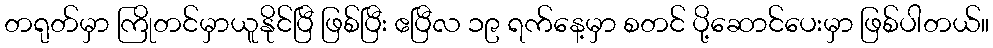
တရုတ်မှာ ကြိုတင်မှာယူနိုင်ပြီ ဖြစ်ပြီး ဧပြီလ ၁၉ ရက်နေ့မှာ စတင် ပို့ဆောင်ပေးမှာ ဖြစ်ပါတယ်။